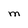
Character: M